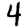
Digit: 4